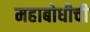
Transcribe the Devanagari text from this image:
महाबोधीची